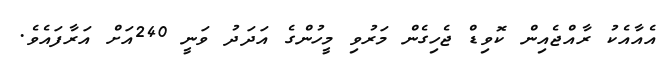
އެއާއެކު ރާއްޖެއިން ކޮވިޑް ޖެހިގެން މަރުވި މީހުންގެ އަދަދު ވަނީ 240އަށް އަރާފައެވެ.